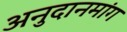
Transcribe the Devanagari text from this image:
अनुदानमांग